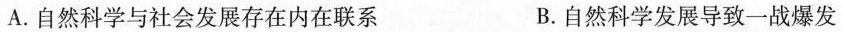
A.自然科学与社会发展存在内在联系 B.自然科学发展导致一战爆发